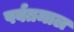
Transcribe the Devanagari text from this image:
पर्वतमाल